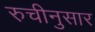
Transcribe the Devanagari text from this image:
रुचीनुसार